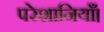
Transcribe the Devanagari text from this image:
परेशानियाँ।